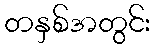
တနှစ်အတွင်း